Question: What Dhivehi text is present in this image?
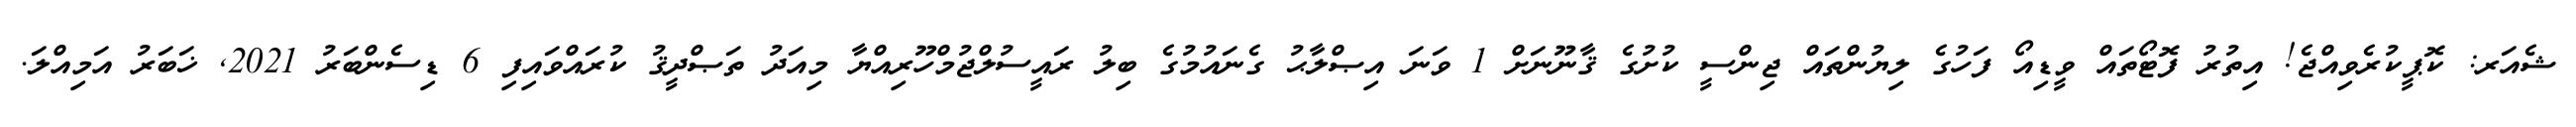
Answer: ޝެއަރ: ކޮޕީކުރެވިއްޖެ! އިތުރު ފޮޓޯތައް ވީޑިއޯ ފަހުގެ ލިޔުންތައް ޖިންސީ ކުށުގެ ޤާނޫނަށް 1 ވަނަ އިޞްލާޙު ގެނައުމުގެ ބިލު ރައީސުލްޖުމްހޫރިއްޔާ މިއަދު ތަޞްދީޤު ކުރައްވައިފި 6 ޑިސެންބަރު 2021, ޚަބަރު އަމިއްލަ.